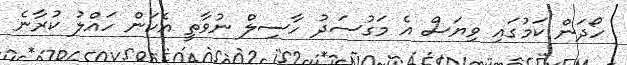
ހޯދަން ކަމުގައި ވިޔަސް އެ މަގުސަދު ހާސިލް ނުވާތީ އެކަން ހައްލު ކުރާނެ